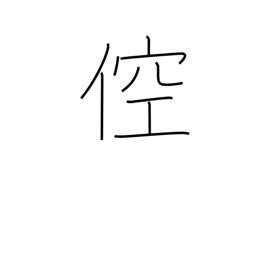
Meaning: boorish